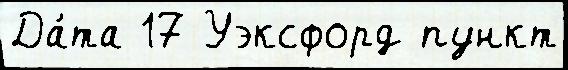
Да́та 17 Уэксфорд пункт